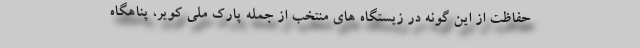
حفاظت از این گونه در زیستگاه های منتخب از جمله پارک ملی کویر، پناهگاه